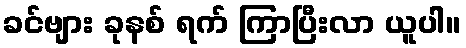
ခင်ဗျား ခုနစ် ရက် ကြာပြီးလာ ယူပါ။